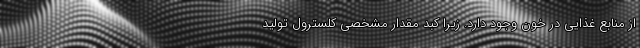
از منابع غذایی در خون وجود دارد. زیرا کبد مقدار مشخصی کلسترول تولید